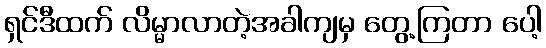
ရှင်ဒီထက် လိမ္မာလာတဲ့အခါကျမှ တွေ့ကြတာ ပေါ့